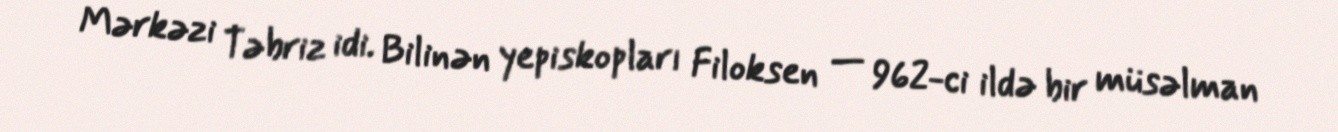
Mərkəzi Təbriz idi. Bilinən yepiskopları Filoksen — 962-ci ildə bir müsəlman